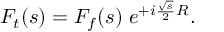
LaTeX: F _ { t } ( s ) = F _ { f } ( s ) \; e ^ { + i \frac { \sqrt { s } } { 2 } R } .